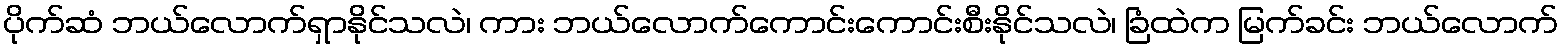
ပိုက်ဆံ ဘယ်လောက်ရှာနိုင်သလဲ၊ ကား ဘယ်လောက်ကောင်းကောင်းစီးနိုင်သလဲ၊ ခြံထဲက မြက်ခင်း ဘယ်လောက်